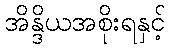
အိန္ဒိယအစိုးရနှင့်